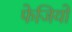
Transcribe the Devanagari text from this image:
फेजियो